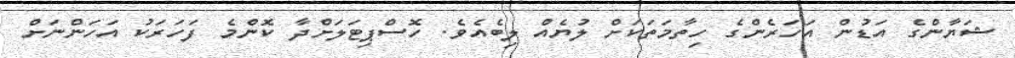
ޝަޔާންގެ އަޑުން އަހަރެންގެ ހިތާމަތަކަށް ލުޔެއް ލިބެއެވެ. ހޮސްޕިޓަލަށްދާ ކޮންމެ ފަހަރަކު އަހަންނަށް